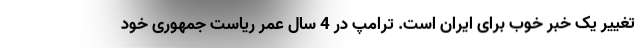
تغییر یک خبر خوب برای ایران است. ترامپ در 4 سال عمر ریاست جمهوری خود